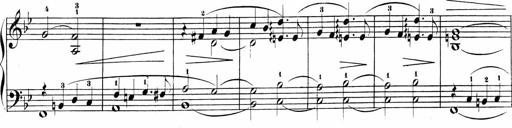
Title: Sonatinen Op.47, 98 und 136, nebst 6 Liedersonatinen
Composer: Carl Reinecke